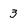
Character: 3